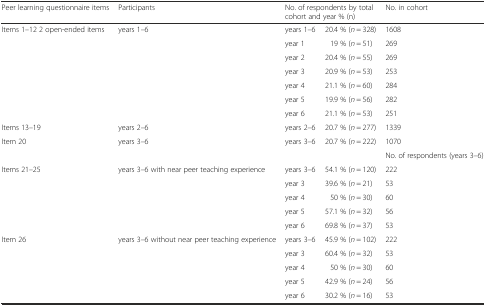
<table><thead><tr><td><b>Peer learning questionnaire items</b></td><td><b>Participants</b></td><td colspan="2"><b>No. of respondents by total cohort and year % (n)</b></td><td><b>No. in cohort</b></td></tr></thead><tbody><tr><td rowspan="7">Items 1–12 2 open-ended items</td><td rowspan="7">years 1–6</td><td>years 1–6</td><td>20.4 % (<i>n</i> = 328)</td><td>1608</td></tr><tr><td>year 1</td><td>19 % (<i>n</i> = 51)</td><td>269</td></tr><tr><td>year 2</td><td>20.4 % (<i>n</i> = 55)</td><td>269</td></tr><tr><td>year 3</td><td>20.9 % (<i>n</i> = 53)</td><td>253</td></tr><tr><td>year 4</td><td>21.1 % (<i>n</i> = 60)</td><td>284</td></tr><tr><td>year 5</td><td>19.9 % (<i>n</i> = 56)</td><td>282</td></tr><tr><td>year 6</td><td>21.1 % (<i>n</i> = 53)</td><td>251</td></tr><tr><td>Items 13–19</td><td>years 2–6</td><td>years 2–6</td><td>20.7 % (<i>n</i> = 277)</td><td>1339</td></tr><tr><td>Item 20</td><td>years 3–6</td><td>years 3–6</td><td>20.7 % (<i>n</i> = 222)</td><td>1070</td></tr><tr><td colspan="4"></td><td>No. of respondents (years 3–6)</td></tr><tr><td rowspan="5">Items 21–25</td><td rowspan="5">years 3–6 with near peer teaching experience</td><td>years 3–6</td><td>54.1 % (<i>n</i> = 120)</td><td>222</td></tr><tr><td>year 3</td><td>39.6 % (<i>n</i> = 21)</td><td>53</td></tr><tr><td>year 4</td><td>50 % (<i>n</i> = 30)</td><td>60</td></tr><tr><td>year 5</td><td>57.1 % (<i>n</i> = 32)</td><td>56</td></tr><tr><td>year 6</td><td>69.8 % (<i>n</i> = 37)</td><td>53</td></tr><tr><td rowspan="5">Item 26</td><td rowspan="5">years 3–6 without near peer teaching experience</td><td>years 3–6</td><td>45.9 % (<i>n</i> = 102)</td><td>222</td></tr><tr><td>year 3</td><td>60.4 % (<i>n</i> = 32)</td><td>53</td></tr><tr><td>year 4</td><td>50 % (<i>n</i> = 30)</td><td>60</td></tr><tr><td>year 5</td><td>42.9 % (<i>n</i> = 24)</td><td>56</td></tr><tr><td>year 6</td><td>30.2 % (<i>n</i> = 16)</td><td>53</td></tr></tbody></table>